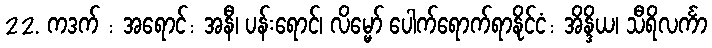
22. ကဒက် : အရောင်: အနီ၊ ပန်းရောင်၊ လိမ္မော် ပေါက်ရောက်ရာနိုင်ငံ: အိန္ဒိယ၊ သီရိလင်္ကာ